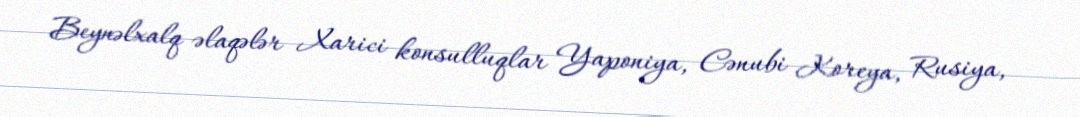
Beynəlxalq əlaqələr Xarici konsulluqlar Yaponiya, Cənubi Koreya, Rusiya,